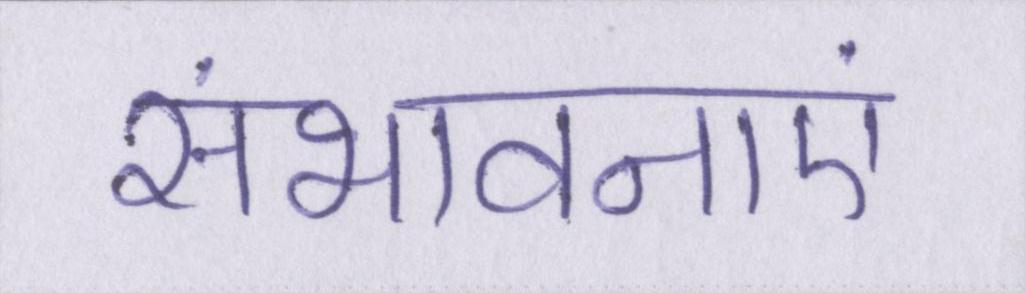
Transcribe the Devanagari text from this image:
संभावनाएं